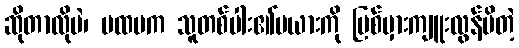
ဆိုတာလိုပဲ၊ ပထမက သူတစ်ပါး၏မယားကို ပြစ်မှားကျူးလွန်မိတဲ့